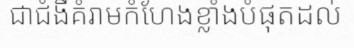
ជាជំងឺគំរាមកំហែងខ្លាំងបំផុតដល់